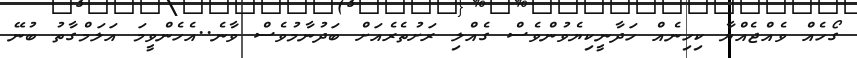
ގޯހެއް ވެއްޖެއްޔާ ކިހިނެއް ހަދާނީކިޔެވުންވެސް ގެއްލި ރަށުތެރެއަށް ބަދުނާމުވެސް ވާނެ..އެހެންވީމަ އަލަމްގާތު ބުނޭ